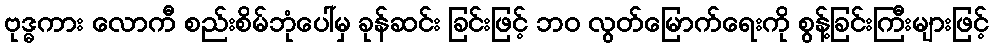
ဗုဒ္ဓကား လောကီ စည်းစိမ်ဘုံပေါ်မှ ခုန်ဆင်း ခြင်းဖြင့် ဘဝ လွတ်မြောက်ရေးကို စွန့်ခြင်းကြီးများဖြင့်